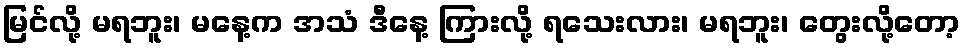
မြင်လို့ မရဘူး၊ မနေ့က အသံ ဒီနေ့ ကြားလို့ ရသေးလား၊ မရဘူး၊ တွေးလို့တော့